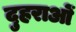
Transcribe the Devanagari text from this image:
दुहराओं